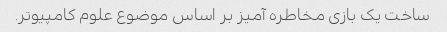
ساخت یک بازی مخاطره آمیز بر اساس موضوع علوم کامپیوتر.